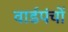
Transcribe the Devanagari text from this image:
वार्डपंचों